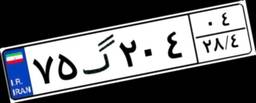
۷۵گ۲۰۴۰۴